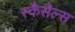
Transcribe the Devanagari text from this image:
स्कैसेल्स